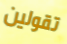
تقولين